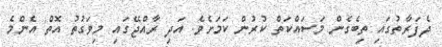
ދެފަރާތުގައި ތިބެގެން މަސައްކަތް ކުރުން ކަމަށެވެ. އަދި ރާއްޖޭގައި މިވަގުތު އޮތް އެންމެ